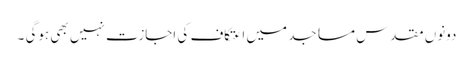
دونوں مقدس مساجد میں اعتکاف کی اجازت نہیں بھی ہوگی ۔